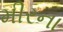
મીરના